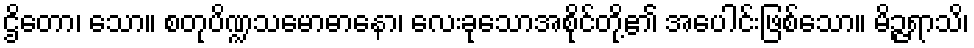
ဌိတော၊ သော။ စတုပိဏ္ဍသမောဓာနော၊ လေးခုသောအစိုင်တို့၏ အပေါင်းဖြစ်သော။ မိဉ္ဇရာသိ၊